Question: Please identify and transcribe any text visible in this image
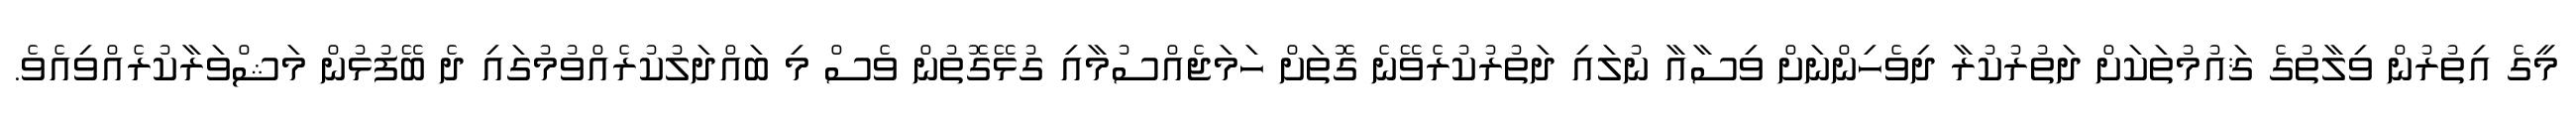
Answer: މީގެ އިތުރުން ވިލާތުގެ ޤައުމުތަކަށް ދަތުރުކުރާ ދިވެހިންނަށް ވިސާއާ ނުލައި ދަތުރުކުރެވޭނެ ގޮތަށް ހަމަޖެއްސުމާއި ގުޅޭގޮތުން ވެސް މި ބައްދަލުކުރެއްވުމުގައި ދެ ބޭފުޅުން މަޝްވަރާކުރެއްވިއެވެ.